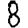
Digit: 8